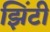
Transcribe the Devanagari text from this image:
झिंटी